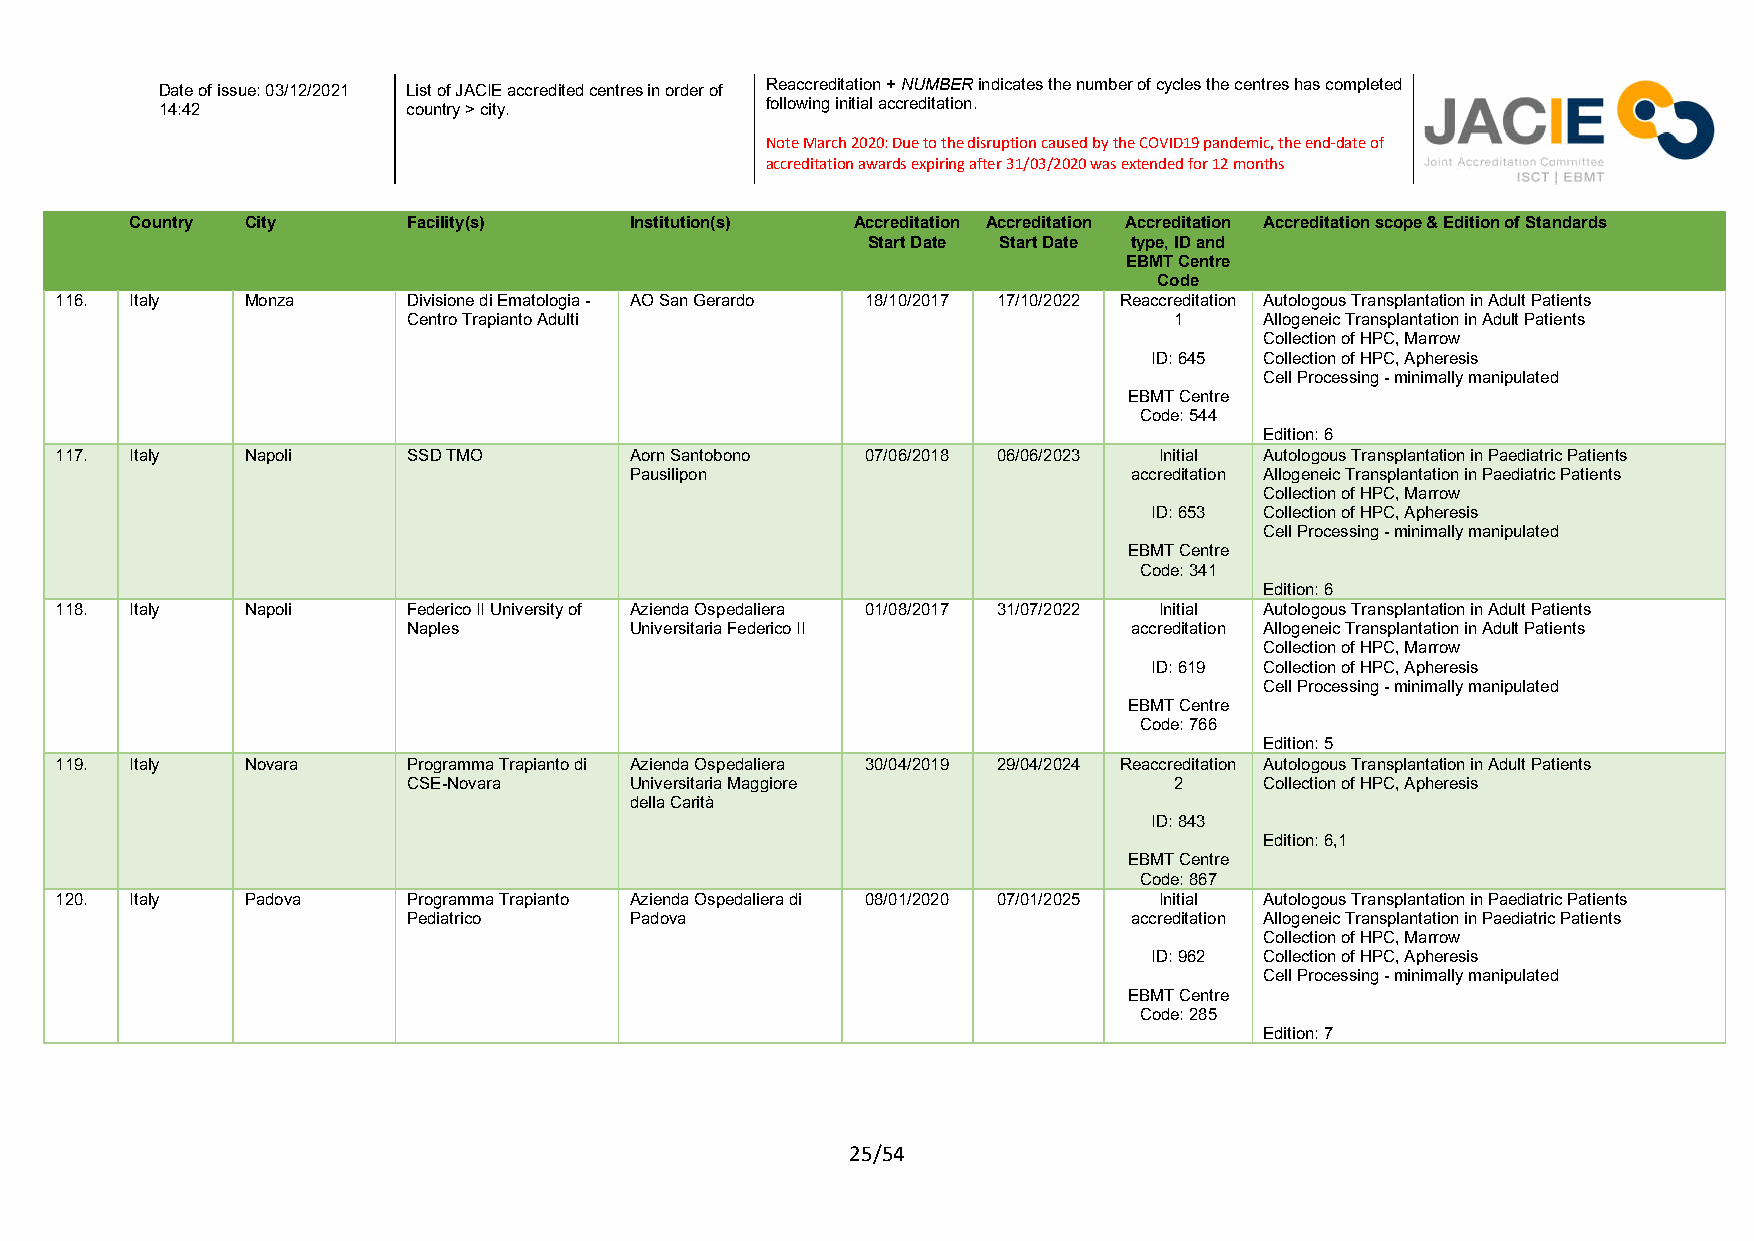
Reaccreditation + NUMBER indicates the number of cycles the centres has completed
 Date of issue: 03/12/2021 List of JACIE accredited centres in order of
 following initial accreditation.
 14:42           country > city.
 Note March 2020: Due to the disruption caused by the COVID19 pandemic, the end-date of
 accreditation awards expiring after 31/03/2020 was extended for 12 months
 Country City      Facility(s)    Institution(s) Accreditation Accreditation Accreditation Accreditation scope & Edition of Standards
 Start Date Start Date type, ID and
 EBMT Centre
 Code
 116. Italy  Monza      Divisione di Ematologia - AO San Gerardo 18/10/2017 17/10/2022 Reaccreditation Autologous Transplantation in Adult Patients
 Centro Trapianto Adulti                            1     Allogeneic Transplantation in Adult Patients
 Collection of HPC, Marrow
 ID: 645 Collection of HPC, Apheresis
 Cell Processing - minimally manipulated
 EBMT Centre
 Code: 544
 Edition: 6
 117. Italy  Napoli     SSD TMO        Aorn Santobono 07/06/2018 06/06/2023 Initial Autologous Transplantation in Paediatric Patients
 Pausilipon                       accreditation Allogeneic Transplantation in Paediatric Patients
 Collection of HPC, Marrow
 ID: 653 Collection of HPC, Apheresis
 Cell Processing - minimally manipulated
 EBMT Centre
 Code: 341
 Edition: 6
 118. Italy  Napoli     Federico II University of Azienda Ospedaliera 01/08/2017 31/07/2022 Initial Autologous Transplantation in Adult Patients
 Naples         Universitaria Federico II        accreditation Allogeneic Transplantation in Adult Patients
 Collection of HPC, Marrow
 ID: 619 Collection of HPC, Apheresis
 Cell Processing - minimally manipulated
 EBMT Centre
 Code: 766
 Edition: 5
 119. Italy  Novara     Programma Trapianto di Azienda Ospedaliera 30/04/2019 29/04/2024 Reaccreditation Autologous Transplantation in Adult Patients
 CSE-Novara     Universitaria Maggiore              2     Collection of HPC, Apheresis
 della Carità
 ID: 843
 Edition: 6,1
 EBMT Centre
 Code: 867
 120. Italy  Padova     Programma Trapianto Azienda Ospedaliera di 08/01/2020 07/01/2025 Initial Autologous Transplantation in Paediatric Patients
 Pediatrico     Padova                           accreditation Allogeneic Transplantation in Paediatric Patients
 Collection of HPC, Marrow
 ID: 962 Collection of HPC, Apheresis
 Cell Processing - minimally manipulated
 EBMT Centre
 Code: 285
 Edition: 7
 25/54